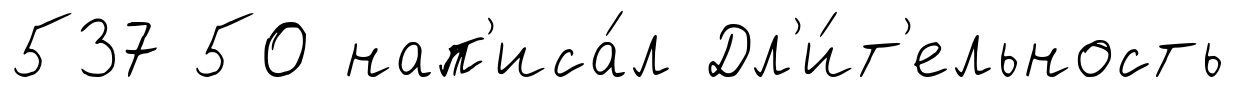
537 50 нап'иса́л Дл'и́т'ельность